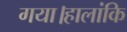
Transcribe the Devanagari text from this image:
गया।हालांकि